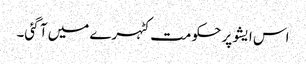
اس ایشو پر حکومت کٹہرے میں آ گئی۔